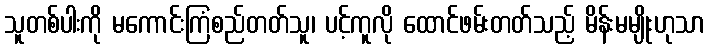
သူတစ်ပါးကို မကောင်းကြံစည်တတ်သူ၊ ပင့်ကူလို ထောင်ဖမ်းတတ်သည့် မိန်းမမျိုးဟုသာ